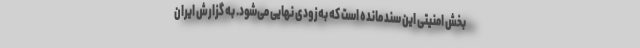
بخش امنیتی این سند مانده است که به‌زودی نهایی می‌شود. به گزارش ایران